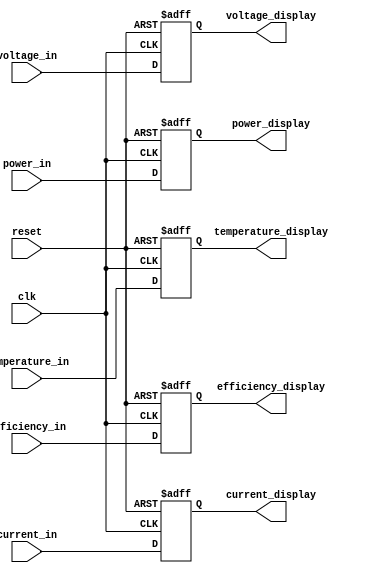
module display (
  input clk,
  input reset,

  input [11:0] voltage_in,
  input [11:0] current_in,
  input [11:0] power_in,
  input [11:0] temperature_in,
  input [11:0] efficiency_in,

  output [11:0] voltage_display,
  output [11:0] current_display,
  output [11:0] power_display,
  output [11:0] temperature_display,
  output [11:0] efficiency_display
);

  // Internal registers
  reg [11:0] voltage_reg;
  reg [11:0] current_reg;
  reg [11:0] power_reg;
  reg [11:0] temperature_reg;
  reg [11:0] efficiency_reg;

  // Always block to latch the input signals
  always @(posedge clk or posedge reset) begin
    if (reset) begin
      voltage_reg <= 0;
      current_reg <= 0;
      power_reg <= 0;
      temperature_reg <= 0;
      efficiency_reg <= 0;
    end else begin
      voltage_reg <= voltage_in;
      current_reg <= current_in;
      power_reg <= power_in;
      temperature_reg <= temperature_in;
      efficiency_reg <= efficiency_in;
    end
  end

  // Assign the output signals
  assign voltage_display = voltage_reg;
  assign current_display = current_reg;
  assign power_display = power_reg;
  assign temperature_display = temperature_reg;
  assign efficiency_display = efficiency_reg;

endmodule